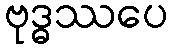
ဗုဒ္ဓဿပေ